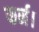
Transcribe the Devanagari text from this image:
फर्न।